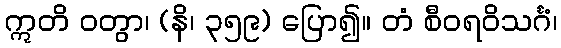
ဣတိ ဝတွာ၊ (နိ၊ ၃၅၉) ပြော၍။ တံ စီဝရဝိသင်္ဂံ၊